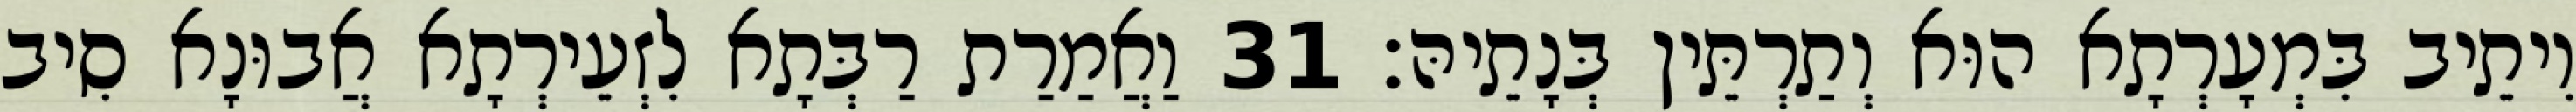
וִיתֵיב בִּמְעָרְתָא הוּא וְתַרְתֵּין בְּנָתֵיהּ׃ 31 וַאֲמַרַת רַבְּתָא לִזְעֵירְתָא אֲבוּנָא סִיב